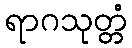
ရာဂသုတ္တံ